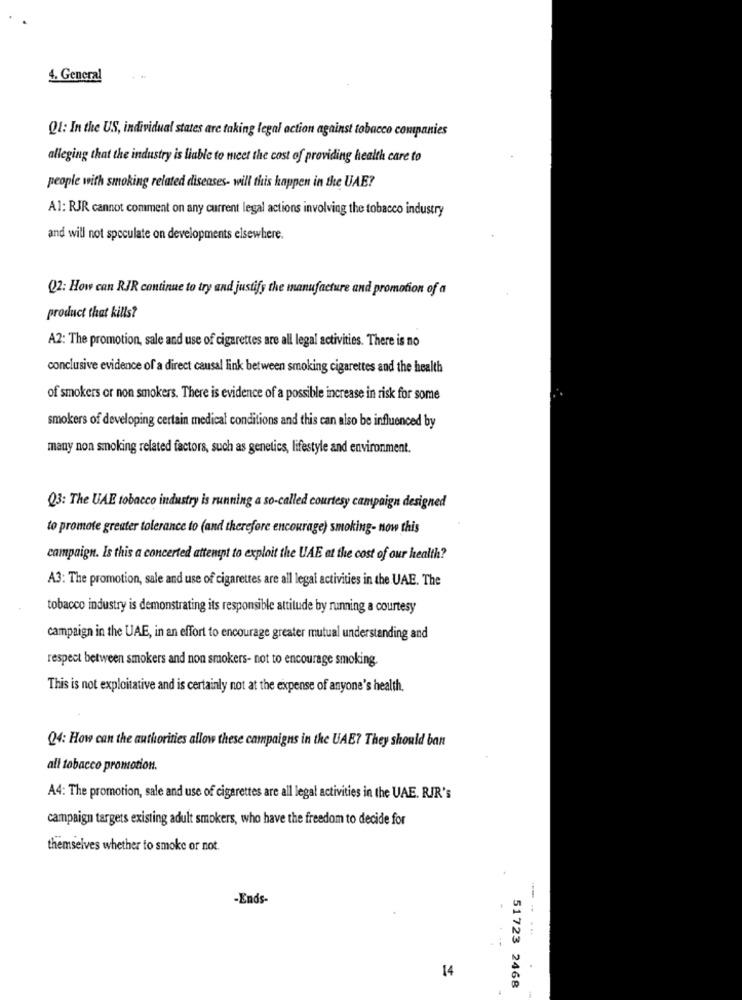
4. General
Q1: In the US, individual states are taking legal action against tobacco companies
alleging that the industry is liable to meet the cost of providing health care to
people with smoking related diseases- will this happen in the UAE?
A1: RJR cannot comment on any current legal actions involving the tobacco industry
and will not speculate on developments elsewhere.
Q2: How can RJR continue to try and justify the manufacture and promotion of a
product that kills?
A2: The promotion, sale and use of cigarettes are all legal activities. There is no
conclusive evidence of a direct causal link between smoking cigarettes and the health
of smokers or non smokers. There is evidence of a possible increase in risk for some
smokers of developing certain medical conditions and this can also be influenced by
many non smoking related factors, such as genetics, lifestyle and environment.
Q3: The UAE tobacco industry is running a so-called courtesy campaign designed
to promote greater tolerance to (and therefore encourage) smoking- now this
campaign. Is this a concerted attempt to exploit the UAE at the cost of our health?
A3: The promotion, sale and use of cigarettes are all legal activities in the UAE. The
tobacco industry is demonstrating its responsible attitude by running a courtesy
campaign in the UAE, in an effort to encourage greater mutual understanding and
respect between smokers and non smokers- not to encourage smoking.
This is not exploitative and is certainly not at the expense of anyone's health.
Q4: How can the authorities allow these campaigns in the UAE? They should ban
all tobacco promotion.
A4: The promotion, sale and use of cigarettes are all legal activities in the UAE. RIR's
campaign targets existing adult smokers, who have the freedom to decide for
themselves whether to smoke or not.
-Ends-
14
51723 2468